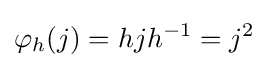
\varphi _{h}(j)=hjh^{-1}=j^{2}